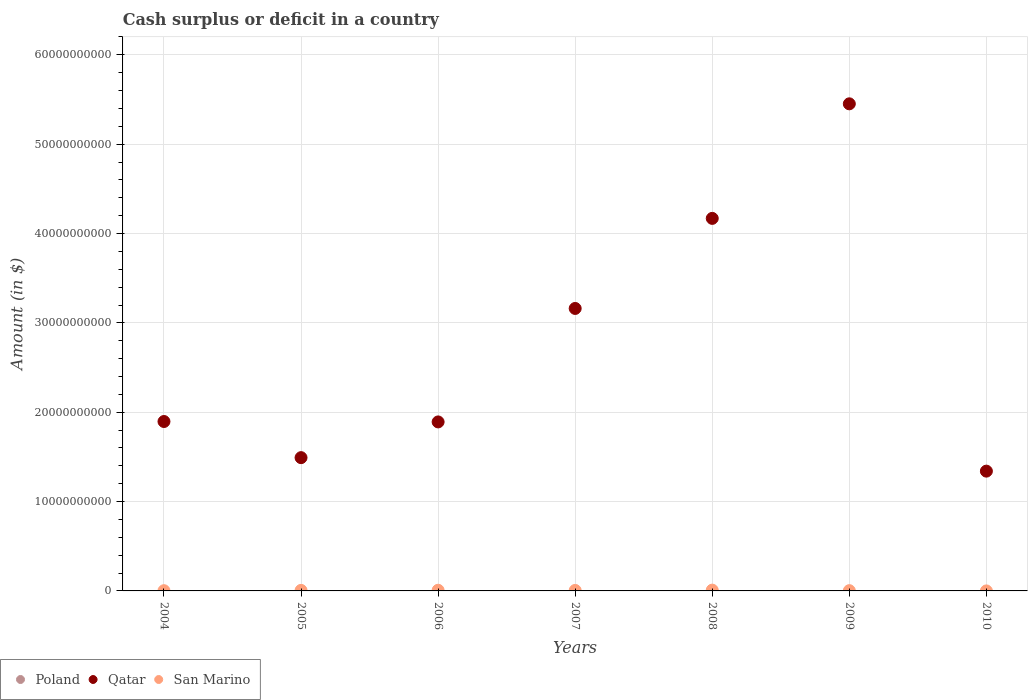
| Years | Poland | Qatar | San Marino |
 | --- | --- | --- | --- |
 | 2004 | -5.08e+10 | 1.9e+10 | 2.59e+07 |
 | 2005 | -3.97e+10 | 1.49e+10 | 5.95e+07 |
 | 2006 | -3.62e+10 | 1.89e+10 | 7.42e+07 |
 | 2007 | -2.21e+10 | 3.16e+10 | 5.51e+07 |
 | 2008 | -4.72e+10 | 4.17e+10 | 8.9e+07 |
 | 2009 | -8.25e+10 | 5.45e+10 | 2.83e+07 |
 | 2010 | -9.6e+10 | 1.34e+10 | 1.52e+06 |